King Institute of Preventive Medicine Micro-Biological Section reports 1912-19
Year: 1912
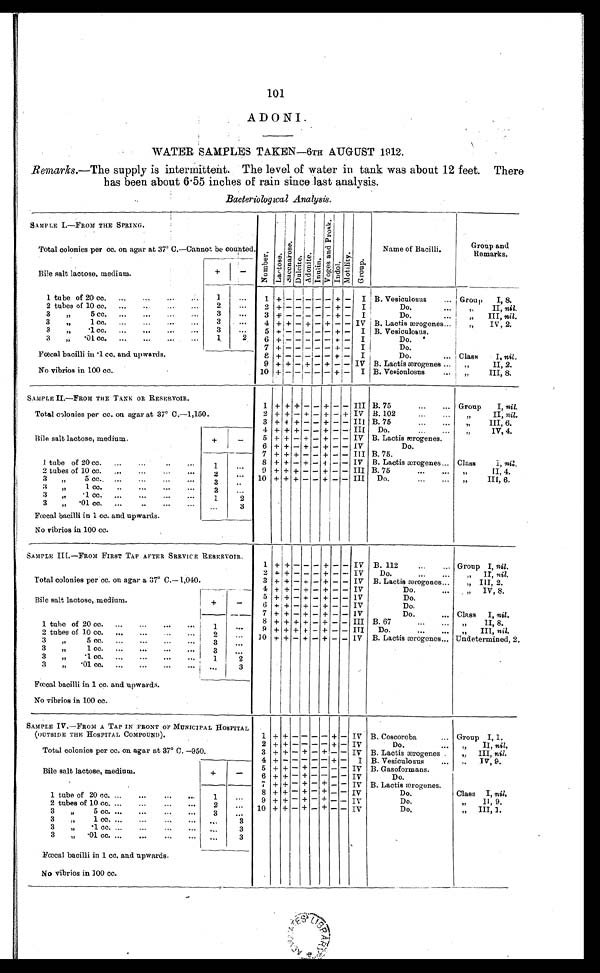
101
ADONI.
WATER SAMPLES TAKEN—6TH AUGUST 1912.
Remarks.—The supply is intermittent. The level of water in tank was about 12 feet. There
has been about 6.55 inches of rain since last analysis.
Bacteriological Analysis.
SAMPLE I.—FROM THE SPRING.
N u m b e r .
L a c t o s e .
S a c c h a r o s e .
D u l c i t e .
A d o n i t e . I n u i n .
V o g e s a n d P r o s k .
I n d o l .
M o t i l i t y .
G r o u p .
Name of Bacilli.
Group and
Remarks.
Total colonies per cc. on agar at 37° C.—Cannot be counted
.
Bile salt lactose, medium.
+
-
1 tube of 20 cc. ...
...
...
.
1
. . .
1
+ - - - - -
+
-
I B. Vesiculosus
... Group
I, 8.
2 tubes of 10 cc. ...
. . ...
2
. . .
2 +
- - - - -
+
-
I
Do.
" I I ,
n i l
.
3
" 5 c c .
3
...
3
+ - - - - -
+
-
I
Do.
...
"
III, nil.
3
" 1 cc.
3
. . .
4 +
+ - + -
+
- -
IV B. Lactis ærogenes...
"
IV, 2.
3
"
.1 cc. ... ... ... ...
3
. . .
5 +
- - - - -
+
-
I
B. Vesiculosus.
3
"
.01 cc. ... ... ... ...
1
2
6 +
- - - - - + -
I
Do.
7
+ - - - - - + -
I
Do.
Fœcal bacilli in .1 cc. and upwards.
8 +
- - - - - + -
I
Do.
... Class
I, nil .
9 + +
- + -
+
- -
IV B. Lactis ærogenes
"
II, 2.
No vibrios in 100 cc.
10 +
-
- - -
- + -
I B. Vesiculosus
.. "
III, 8.
SAMPLE II.—FROM THE TANK OR RESERVOIR.
1 + + +
- -
+
- - I I I
B. 75
...
... Group
I, nil.
Total colonies per cc. on agar at 37° C.—1,150.
2 + +
-
+
-
+
-
+ IV B. 102
" I I ,
n i l
.
3 +
+ +
- -
+ -
- III B. 75
"
III, 6.
4 + + +
- -
+
- -
III Do.
" I V , 4 .
Bile salt lactose, medium.
+
-
5 + +
-
+
-
+
- -
IV B. Lactis ærogenes.
6 + +
-
+
-
+
- -
IV
Do.
7 + + +
- -
+
- -
III B. 75.
1 tube of 20 cc. ...
.....
...
1
. . .
8 + +
-
+
- + - -
IV B. Lactis ærogenes ... Class
I, nil.
2 tubes of 10 cc. ...
...
.
...
2
. . .
9 + + +
- -
+
- -
III B. 75
" I I , 4 .
10 + + +
- -
+
- -
III Do.
" I I I , 6 .
3
" 5 cc.
3
. . .
3
" 1 c c .
3
...
3
"
.1 cc. ...
...
...
...
1
2
3
" .01 cc. ...
. . .
3
Fœcal bacilli in 1 cc. and upwards.
No vibrios in 100 cc.
SAMPLE III.—FROM FIRST TAP AFTER SRRVICE RESERVOIR.
1 + +
- - -
+
- -
IV B. 112
... Group I, nil.
Total colonies per cc. on agar a 37° C.— 1,040.
2
+ +
- - -
+
- -
IV
Do.
" I I ,
n i l
.
3
+
+
-
+
-
+
- -
IV B. Lactis ærogenes...
" III, 2.
Bile salt lactose, medium.
+
-
4 + +
-
+
-
+
- -
IV
Do.
..
" I V , 8 .
5
+
+
-
+
-
+
- -
IV
Do.
6 +
+ - + - + -
- IV
Do.
7 + +
-
+
-
+
- - I V Do.
... Class I, nil.
1 tube of 20 cc. ...
...
...
1
. . .
8 + + + +
-
+
- -
III B. 67
" I I , 8 .
9 + + +
+ -
+
- -
III Do.
...
... "
III, nil.
2 tubes of 10 cc. ...
...
2
... 10
+
+
-
+
-
+
- -
1V B. Lactis ærogenes.. Undetermined, 2.
3
" 5 c c .
3
. . .
3
" 1 cc.
3
. . .
3
" . 1 c c .
1
2
3
"
.01 cc. ... ... ...
...
3
Fœcal bacilli in 1 cc. and upwards.
No vibrios in 100 cc.
SAMPLE IV.—FROM A TAP IN FRONT OF MUNICIPAL HOSPITAL
(OUTSIDE THE HOSPITAL COMPOUND).
1 + +
- - - -
+
-
IV B. Coscoroba
... Group I, 1.
2 + +
- - - -
+
-
IV
Do.
" I I ,
n i l
.
Total colonies per cc. on. agar at 37° C. —950.
3 + +
-
+
- + - -
IV B. Lactis ærogenes
" III, nil.
4
+
- - - - -
+
-
I B. Vesiculosus
...
" I V , 9 .
Bile salt lactose, medium
.
+
-
5 + +
-
+
- - - -
IV B. Gasoformans.
6 +
+ - +
- -
-
- IV
Do.
7 + +
- + -
+
- -
IV B. Lactis ærogenes.
1 tube of 20 cc. ...
1
...
8 + +
-
+
-
+
- -
IV
Do.
Class I, nil.
9 + +
-
+
-
+
- -
IV
Do.
"
II, 9.
2 tubes of 10 cc. ...
2
. . .
10 +
+
-
+
- +
-
-
IV
Do.
" III, 1.
3 " 5 cc.
3
. . .
3
"
1 cc. ...
...
...
...
. . .
3
.
3
"
.1 cc. ......
. . .
3
3
" .01 cc. ... ...
...
3
Fœcal bacilli in 1 cc. and upwards.
No vibrios in 100 cc.